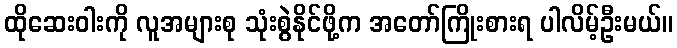
ထိုဆေးဝါးကို လူအများစု သုံးစွဲနိုင်ဖို့က အတော်ကြိုးစားရ ပါလိမ့်ဦးမယ်။